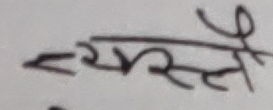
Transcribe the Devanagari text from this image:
नमस्ते